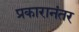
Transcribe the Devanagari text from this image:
प्रकारानंतर